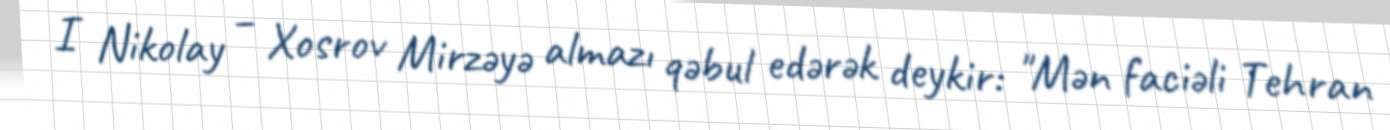
I Nikolay – Xosrov Mirzəyə almazı qəbul edərək deykir: "Mən faciəli Tehran